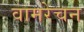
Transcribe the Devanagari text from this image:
वामरेचन